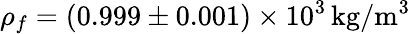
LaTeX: \rho_{f}=\left(0.999\pm 0.001\right)\times 10^{3}\, \mathrm{kg/m^{3}}